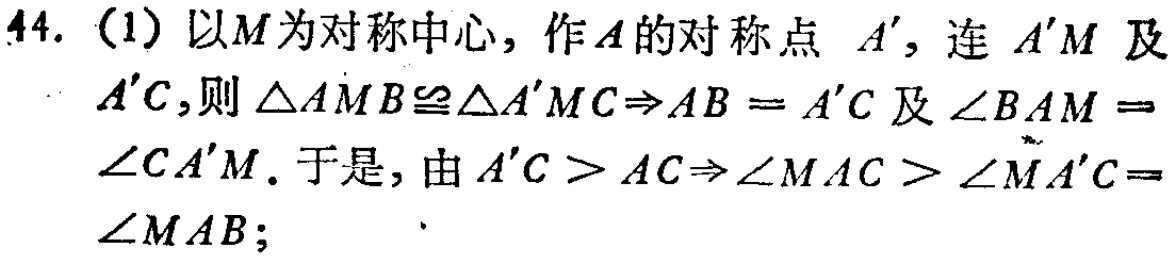
44. (1) 以\(M\)为对称中心，作\(A\)的对称点 \(A'\)，连 \(A'M\) 及 \(A'C\)，则 \(\triangle AMB\cong\triangle A'MC\Rightarrow AB = A'C\) 及 \(\angle BAM =\) \(\angle CA'M\). 于是，由 \(A'C > AC\Rightarrow\angle MAC > \angle MA'C=\) \(\angle MAB\);